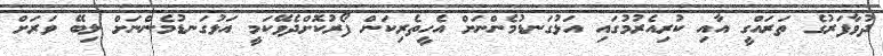
ދުވާފަރުގެ ތަރައްގީ އާއި ކުރިއެރުމުގައި އަޅުގަނޑުމެންނަށް އެހީތެރިކަން ފޯރުކޮށްދެވޭކަމީ އަޅުގަނޑުމެންނަށް ލިބޭ ވަރަށް